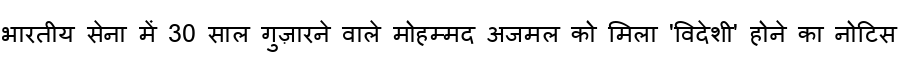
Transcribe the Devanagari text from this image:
भारतीय सेना में 30 साल गुज़ारने वाले मोहम्मद अजमल को मिला 'विदेशी' होने का नोटिस